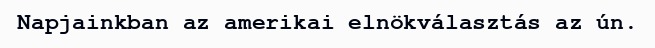
Napjainkban az amerikai elnökválasztás az ún.